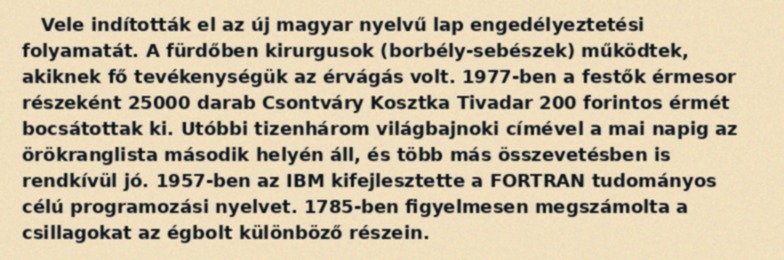
Vele indították el az új magyar nyelvű lap engedélyeztetési folyamatát. A fürdőben kirurgusok (borbély-sebészek) működtek, akiknek fő tevékenységük az érvágás volt. 1977-ben a festők érmesor részeként 25000 darab Csontváry Kosztka Tivadar 200 forintos érmét bocsátottak ki. Utóbbi tizenhárom világbajnoki címével a mai napig az örökranglista második helyén áll, és több más összevetésben is rendkívül jó. 1957-ben az IBM kifejlesztette a FORTRAN tudományos célú programozási nyelvet. 1785-ben figyelmesen megszámolta a csillagokat az égbolt különböző részein.